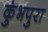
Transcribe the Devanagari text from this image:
कुंभपुरा